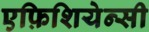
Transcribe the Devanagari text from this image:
एफ़िशियेन्सी